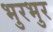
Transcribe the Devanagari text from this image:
भुरभुर